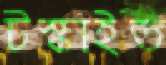
টস্‌কাইত